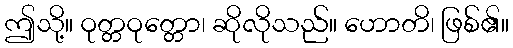
ဤသို့။ ဝုတ္တဝုတ္တော၊ ဆိုလိုသည်။ ဟောတိ၊ ဖြစ်၏။